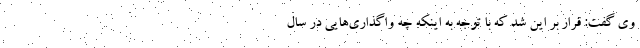
وی گفت: قرار بر این شد که با توجه به اینکه چه واگذاری‌هایی در سال